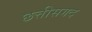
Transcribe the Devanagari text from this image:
छत्तीसगद